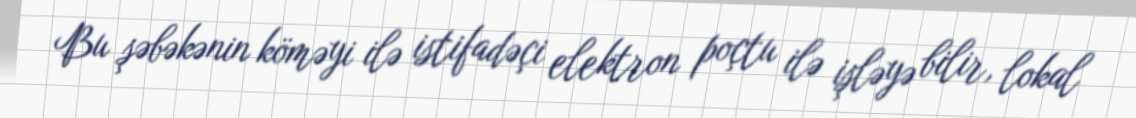
Bu şəbəkənin köməyi ilə istifadəçi elektron poçtu ilə işləyə bilir, lokal